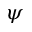
\psi